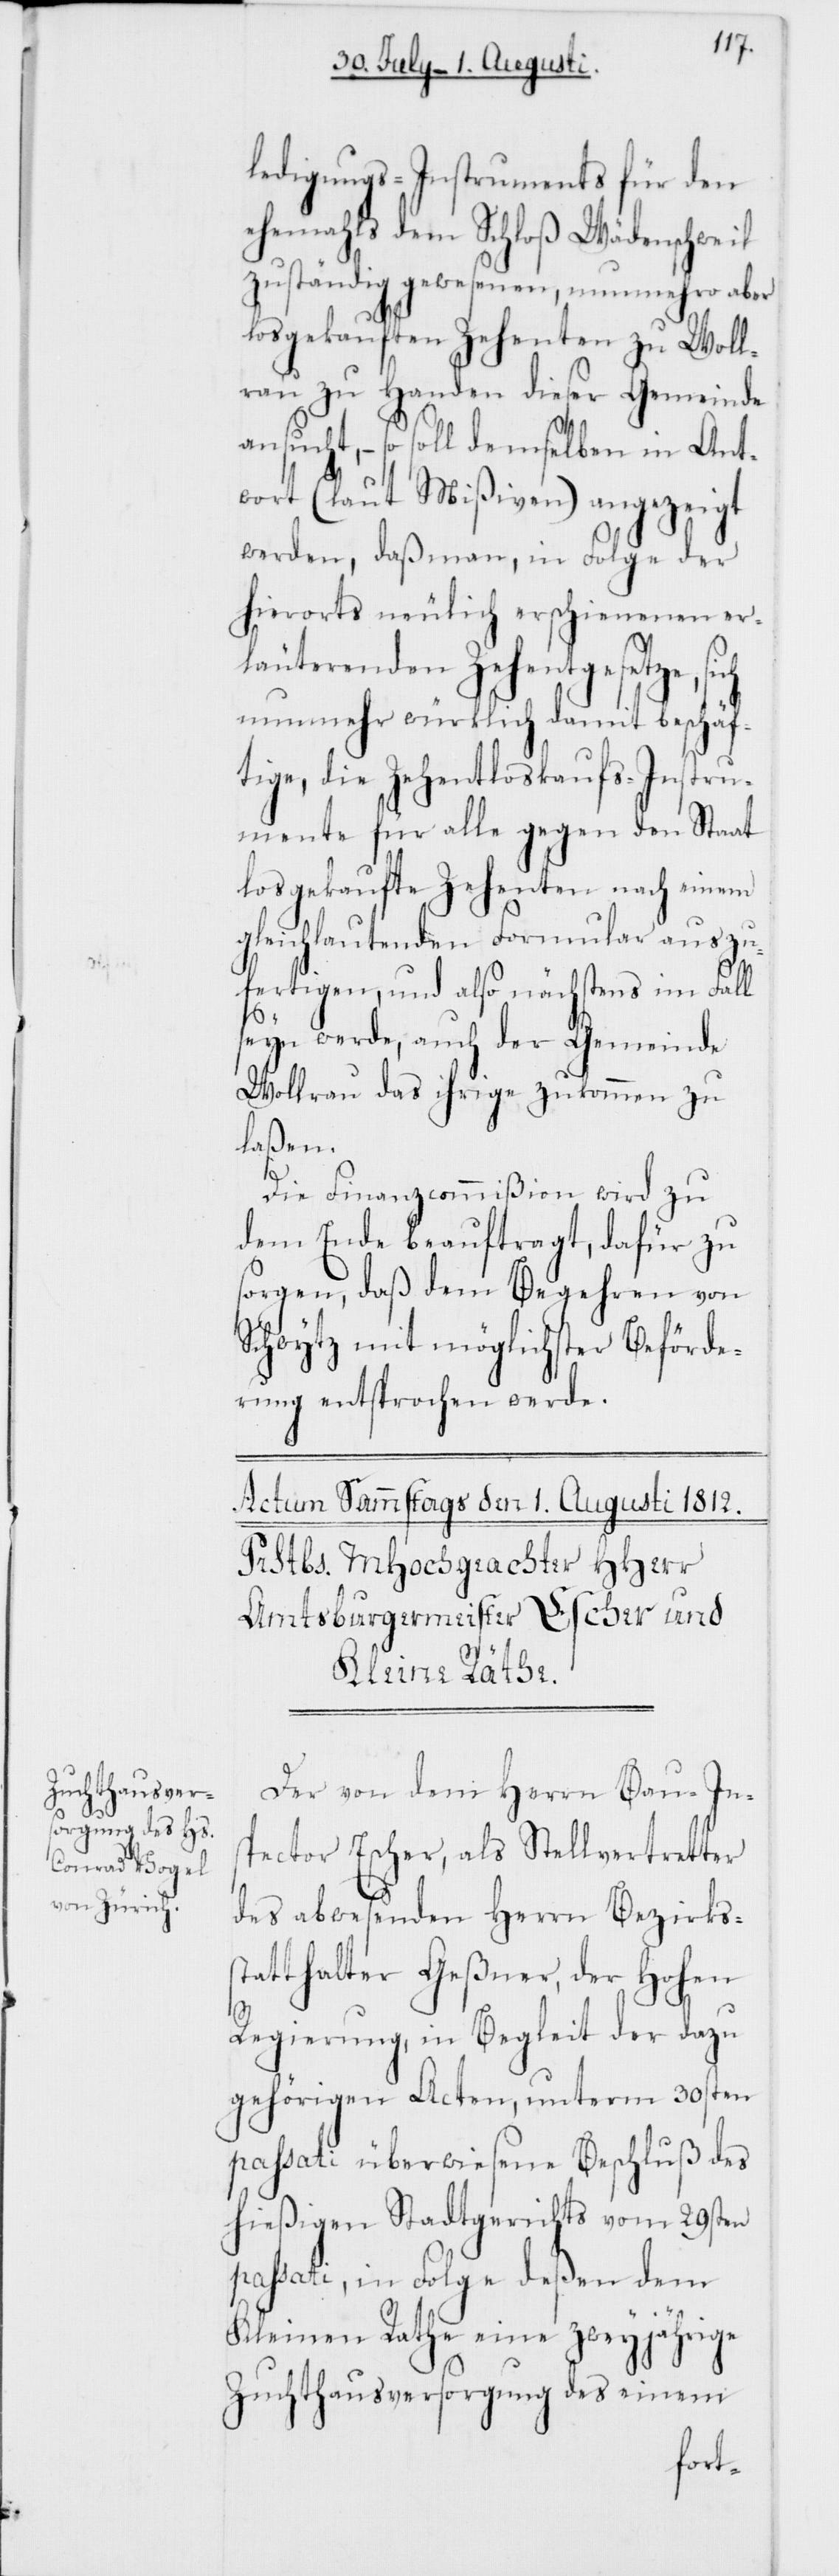
ledigungs-Instruments für den
ehemahls dem Schloß Wädenschweil
zuständig gewesenen, nunmehro aber
losgekauften Zehenten zu Woll¬
rau zu Handen dieser Gemeinde
ansucht, – so soll demselben in Ant¬
wort (laut Mißiven) angezeigt
werden, daß man, in Folge der
hierorts neulich erschienenen er¬
läuterenden Zehentgesetze, sich
nunmehr würklich damit beschäf¬
tige, die Zehentloskaufs-Instru¬
mente für alle gegen den Staat
losgekaufte Zehenten nach einem
gleichlautenden Formular auszu¬
fertigen, und also nächstens im Fall
seyn werde, auch der Gemeinde
Wollrau das ihrige zukommen zu
laßen.
Die Finanzcommißion wird zu
dem Ende beauftragt, dafür zu
sorgen, daß dem Begehren von
Schwytz mit möglichster Beförde¬
rung entsprochen werde.
Der von dem Herrn Bau-In¬
spector Escher, als Stellvertretter
des abwesenden Herrn Bezirks¬
statthalter Geßner, der Hohen
Regierung, in Begleit der dazu
gehörigen Acten, unterm 30sten
passati überwiesene Beschluß des
hießigen Stadtgerichts vom 29sten
passati, in Folge deßen dem
Kleinen Rathe eine zweyjährige
Zuchthausversorgung des einem